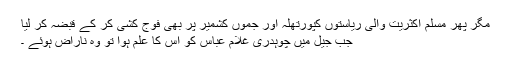
مگر پھر مسلم اکثریت والی ریاستوں کپورتھلہ اور جموں کشمیر پر بھی فوج کشی کر کے قبضہ کر لیا
جب جیل میں چوہدری غلام عباس کو اس کا علم ہوا تو وہ ناراض ہوئے ۔